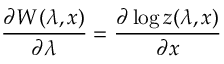
\frac { \partial W ( \lambda , x ) } { \partial \lambda } = \frac { \partial \log z ( \lambda , x ) } { \partial x }